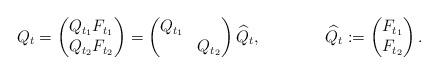
LaTeX: \begin{align*} Q_t &= \begin{pmatrix} Q_{t_1} F_{t_1}\\ Q_{t_2} F_{t_2} \end{pmatrix} = \begin{pmatrix} Q_{t_1} & \\ & Q_{t_2} \end{pmatrix} \widehat Q_t, & \widehat Q_t &:= \begin{pmatrix} F_{t_1}\\ F_{t_2} \end{pmatrix}.\end{align*}